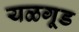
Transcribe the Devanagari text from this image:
यळगूड